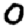
Digit: 0